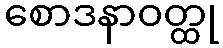
စောဒနာဝတ္ထု